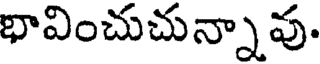
భావించుచున్నావు.